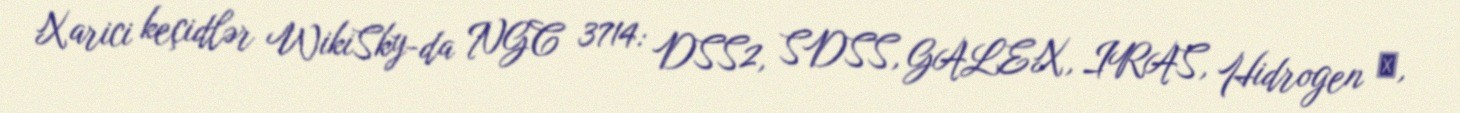
Xarici keçidlər WikiSky-da NGC 3714: DSS2, SDSS, GALEX, IRAS, Hidrogen α,